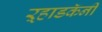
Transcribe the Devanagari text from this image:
ऱ्हाडकॅनी